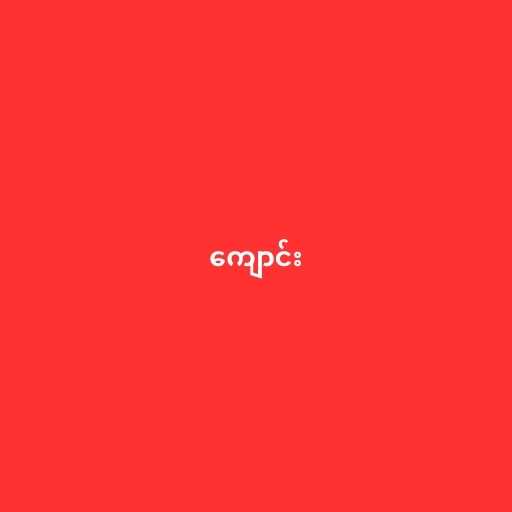
ကျောင်း